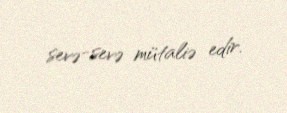
sevə-sevə mütaliə edir.